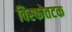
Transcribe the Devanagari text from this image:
विस्फोतटक